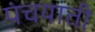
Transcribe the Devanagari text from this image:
पंचयाती